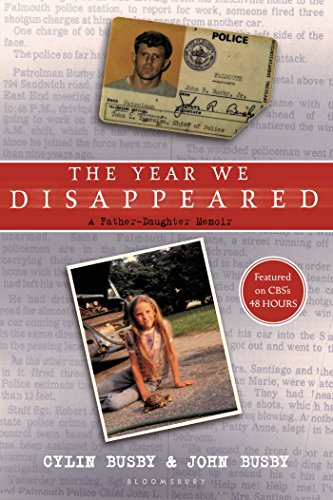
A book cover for The Year We Disappeared: A Father - Daughter Memoir; Cylin Busby; Teen & Young Adult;